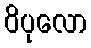
ဝိပုလော